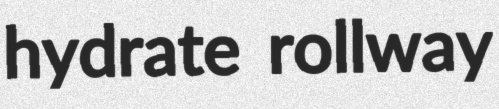
hydrate rollway